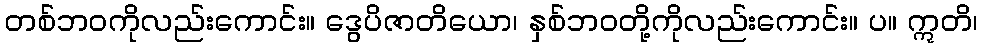
တစ်ဘဝကိုလည်းကောင်း။ ဒွေပိဇာတိယော၊ နှစ်ဘဝတို့ကိုလည်းကောင်း။ ပ။ ဣတိ၊